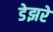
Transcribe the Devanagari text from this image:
डेझरे